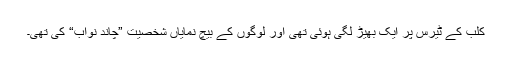
کلب کے ٹیرس پر ایک بھیڑ لگی ہوئی تھی اور لوگوں کے بیچ نمایاں شخصیت ”چاند نواب“ کی تھی۔